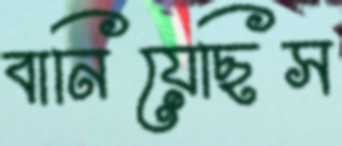
বানিয়েছিস